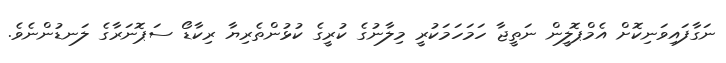
ނަގާފައިވަނިކޮށް އެމްޕޮލީން ނަތީޖާ ހަމަހަމަކުރީ މިލާނުގެ ކުރީގެ ކުޅުންތެރިޔާ ރިކާޑޯ ސަޕޮނަރާގެ ލަނޑުންނެވެ.